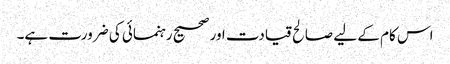
اس کام کے لیے صالح قیادت اور صحیح رہنمائی کی ضرورت ہے۔